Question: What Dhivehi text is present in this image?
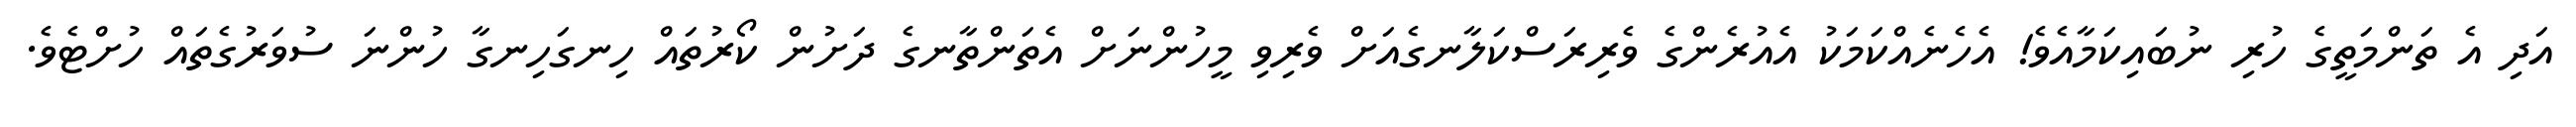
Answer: އަދި އެ ތަންމަތީގެ ހުރި ނުބައިކަމާއެވެ! އެހެނެއްކަމަކު އެއުރެންގެ ވެރިރަސްކަލާނގެއަށް ވެރިވި މީހުންނަށް އެތަންތާނގެ ދަށުން ކޯރުތައް ހިނގަހިނގާ ހުންނަ ސުވަރުގެތައް ހުށްޓެވެ.